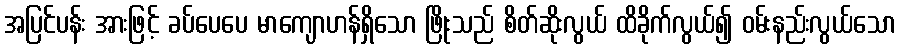
အပြင်ပန်း အားဖြင့် ခပ်ပေပေ မာကျောဟန်ရှိသော ဖြိုးသည် စိတ်ဆိုးလွယ် ထိခိုက်လွယ်၍ ဝမ်းနည်းလွယ်သော